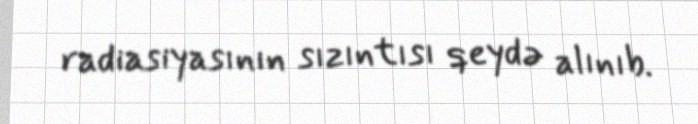
radiasiyasının sızıntısı qeydə alınıb.